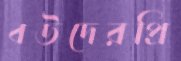
বউদেরপ্রি